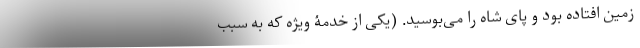
زمین افتاده بود و پای شاه را می‌بوسید. (یکی از خدمۀ ویژه که به سبب